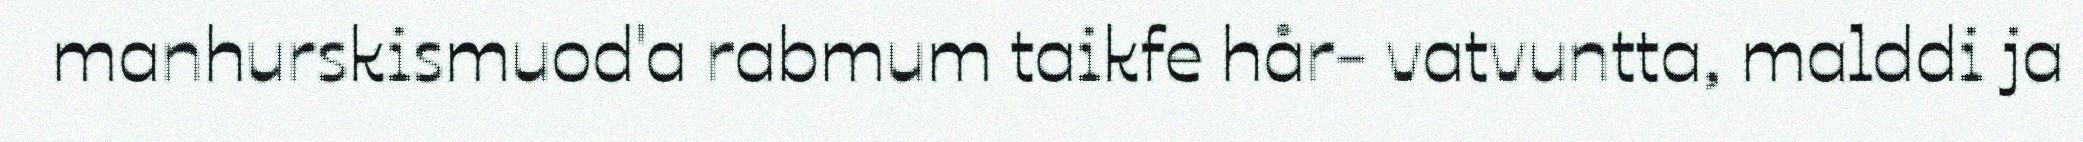
manhurskismuod'a rabmum taikfe hår- vatvuntta, malddi ja